Civil Veterinary Department. Central Provinces & Berar 1932-41 - 1932-1941
Year: 1932
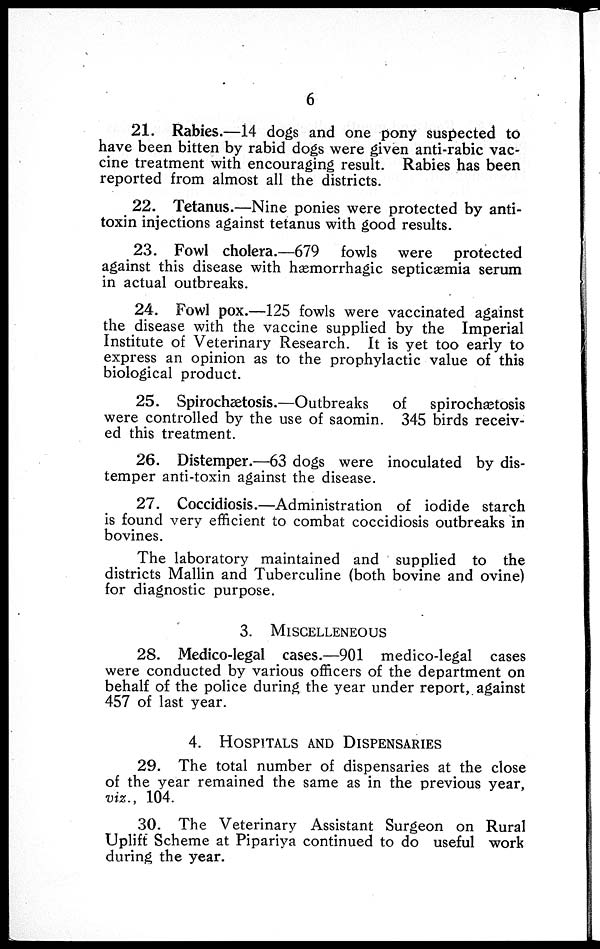
6
21. Rabies.—14 dogs and one pony suspected to
have been bitten by rabid dogs were given anti-rabic vac-
cine treatment with encouraging result. Rabies has been
reported from almost all the districts.
22. Tetanus.—Nine ponies were protected by anti-
toxin injections against tetanus with good results.
23. Fowl cholera.—679 fowls were protected
against this disease with hæmorrhagic septicæmia serum
in actual outbreaks.
24. Fowl pox.—125 fowls were vaccinated against
the disease with the vaccine supplied by the Imperial
Institute of Veterinary Research. It is yet too early to
express an opinion as to the prophylactic value of this
biological product.
25. Spirochætosis.—Outbreaks
of
spirochætosis
were controlled by the use of saomin. 345 birds receiv-
ed this treatment.
26. Distemper.—63 dogs were inoculated by dis-
temper anti-toxin against the disease.
27. Coccidiosis.—Administration of iodide starch
is found very efficient to combat coccidiosis outbreaks in
bovines.
The laboratory maintained and supplied to the
districts Mallin and Tuberculine (both bovine and ovine)
for diagnostic purpose.
3.
MISCELLENEOUS
28. Medico-legal cases.—901 medico-legal cases
were conducted by various officers of the department on
behalf of the police during the year under report, against
457 of last year.
4. HOSPITALS AND DISPENSARIES
29. The total number of dispensaries at the close
of the year remained the same as in the previous year,
viz., 104.
30. The Veterinary Assistant Surgeon on Rural
Uplift Scheme at Pipariya continued to do useful work
during the year.